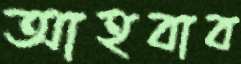
আহবাব